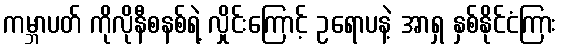
ကမ္ဘာပတ် ကိုလိုနီစနစ်ရဲ့ လှိုင်းကြောင့် ဥရောပနဲ့ အာရှ နှစ်နိုင်ငံကြား